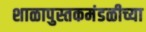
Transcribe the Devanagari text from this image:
शाळापुस्तकमंडळीच्या